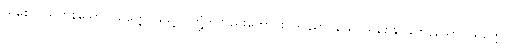
သိစေလွယ်ကုန်သော။ သတ္တေ၊ သတ္တဝါတို့ကိုလည်းကောင်း။ ဒုဝိညာပယေ၊ သိစေနိုင်ခဲကုန်သော။ သတ္တေ၊